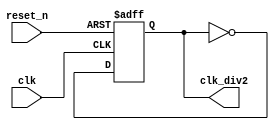
`timescale 1ns / 1ps
//////////////////////////////////////////////////////////////////////////////////
// Company: 
// Engineer: 
// 
// Design Name: 
// Module Name: clk_div2
// Project Name: 
// Target Devices: 
// Tool Versions: 
// Description: 
// 
// Dependencies: 
// 
// Revision:
// Revision 0.01 - File Created
// Additional Comments:
// 
//////////////////////////////////////////////////////////////////////////////////


module clk_div2(
                input clk,
                input reset_n,
                output reg clk_div2
    );
    
    always @(posedge clk , negedge reset_n)
    begin
        if(!reset_n) begin
            clk_div2 <= 1'b0;
        end
        else begin
            clk_div2 <= ~clk_div2;
        end      
    end
    
endmodule